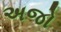
અજો